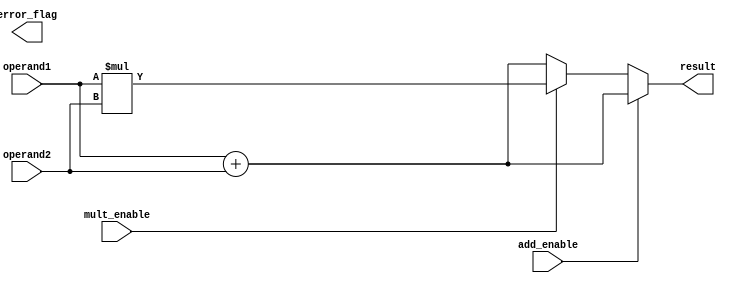
module double_precision_fpu (
    input wire [63:0] operand1,
    input wire [63:0] operand2,
    input wire add_enable,
    input wire mult_enable,
    output wire [63:0] result,
    output wire error_flag
);

reg [63:0] result_reg;
reg error_flag_reg;

always @ (add_enable or mult_enable or operand1 or operand2) begin
    if (add_enable) begin
        // Addition block
        // Perform addition operation here
        result_reg = operand1 + operand2;
    end else if (mult_enable) begin
        // Multiplication block
        // Perform multiplication operation here
        result_reg = operand1 * operand2;
    end else begin
        // Default to addition operation
        result_reg = operand1 + operand2;
    end
    
    // Error detection and handling mechanisms here
    // Check for overflow, underflow, and other exceptional conditions
    
    result = result_reg;
    error_flag = error_flag_reg;
    
end

endmodule